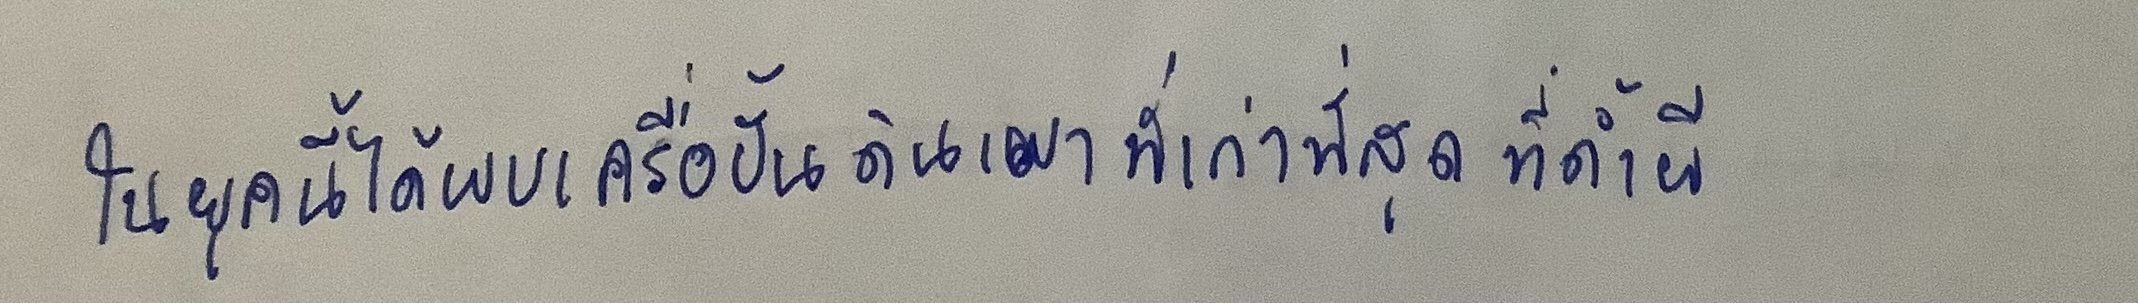
ในยุคนี้ได้พบเครื่องปั้นดินเผาที่เก่าที่สุดที่ถ้ำผี